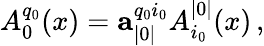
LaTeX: A_{0}^{q_{0}}(x)=\mathbf{a}_{|0|}^{q_{0}i_{0}}A_{i_{0}}^{|0|}(x)\, ,